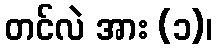
တင်လဲ အား (၁)၊